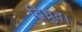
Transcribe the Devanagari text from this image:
द्विध्रुव।